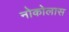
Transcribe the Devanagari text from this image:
नोकोलास